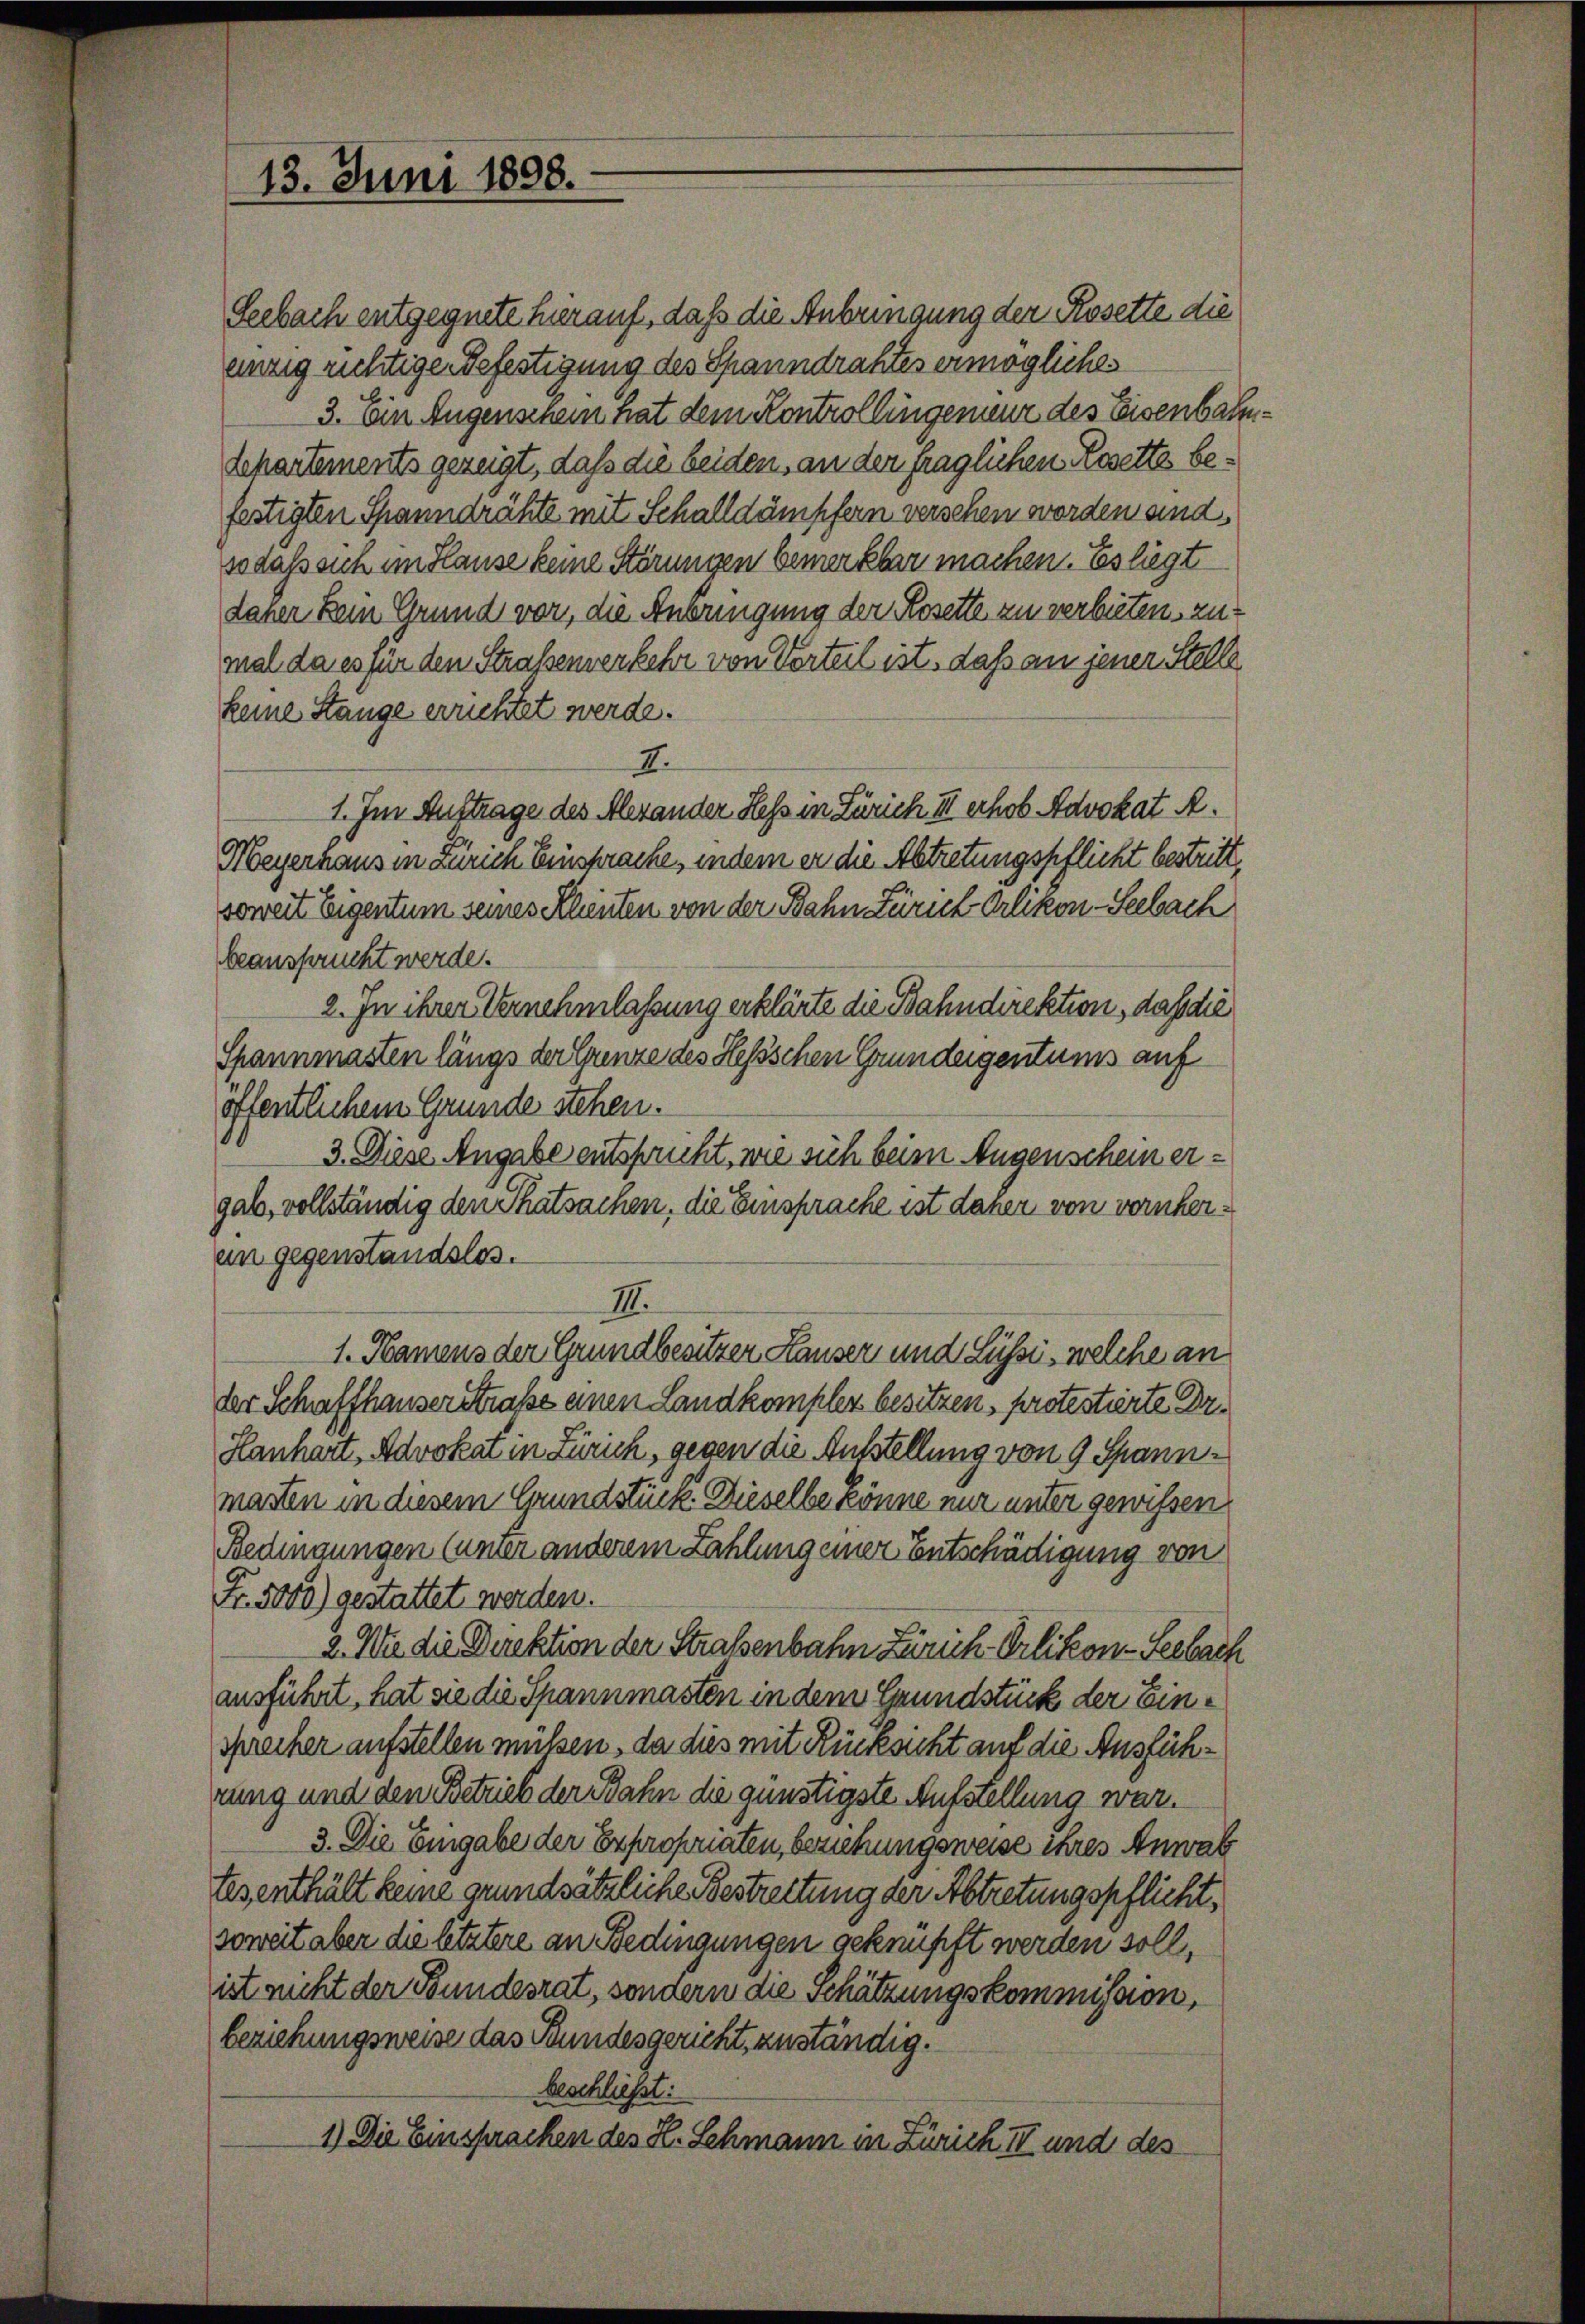
13. Juni 1898.

Seebach entgegnete hierauf, daß die Anbringung der Rosette die
enzig richtige Befestigung des Spanndrahtes ermögliches
3. Ein Eugenschein hat dem Kontrollingenieur des Eisenbahn¬
Sekartements gezeigt, daß die beiden, an der fraglichen Rosette befestigten Spanndrähte mit Schalldämpfern verschen worden und
sodaß sich im Flause keine Störungen bemerkbar machen. Es liegt
daher kein Grund vor, die Anbringung der Rosette zu verbieten, zumal da es für den Straßenverkehr von Vorteil ist, daß an jener Stelle
keine Stange errichtet werde.
I.
1. Im Auftrage des Alexander Heß in Zürich III erhob Advokat A.
Meyerhaus in Zürich Einsprache, indem er die Abtretungspflicht bestritt,
soweit Eigentum seines Klenten von der Bahn Zürich Orlikon-Seebach
beansprucht werde.
2. In ihrer Vernehmlassung erklärte die Bahndirektion, daß die
Spannmasten längs der Ganze des Hessschen Grundeigentums auf
öffentlichem Grunde stehen.
3. Diese Angabe entspricht, wie sich beim Augenschein ergab, vollständig den Thatsachen, die Einsprache ist daher von vornheren gegenstandslos.
III.
1. Namens der Grundbesitzer Hauser und Lüsse, welche an
der Schaffhauser Straße einen Landkompler besitzen, protestirte Dr.
Hanhart, Advokat in Zürich, gegen die Ausstellung von 9 Spannmasten in diesem Grundstück. Dieselbe könne nur unter gewissen
Bedingungen (unter anderem Zahlung einer Entschädigung von
Fr. 5000) gestattet werden.
2. Wie die Direktion der Straßenbahn Zürich-Orlikon-Seebach
ausführt, hat sie die Spannmasten in dem Grundstück der Einsprecher aufstellen müßen, da dies mit Rücksicht auf die Ausführung und den Betrieb der Bahn die günstigste Aufstellung war.
3. Die Eingabe der Expropriaten, beziehungsweise ihres Anwal
lesenthält keine grundsätzliche Bestreitung der Abtretungspflicht,
soweit aber die letztere an Bedingungen geknüpft werden soll,
ist nicht der Bundesrat, sondern die Schätzungskommission,
beziehungsweise das Bundesgericht, zuständig.
beschließt:
1.) Die Einsprachen des H. Schmann in Zürich III und des